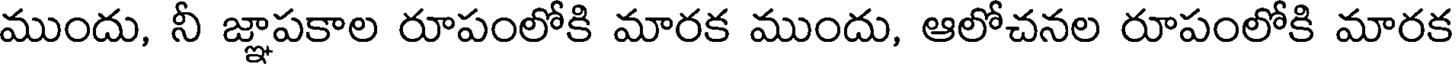
ముందు, నీ జ్ఞాపకాల రూపంలోకి మారక ముందు, ఆలోచనల రూపంలోకి మారక